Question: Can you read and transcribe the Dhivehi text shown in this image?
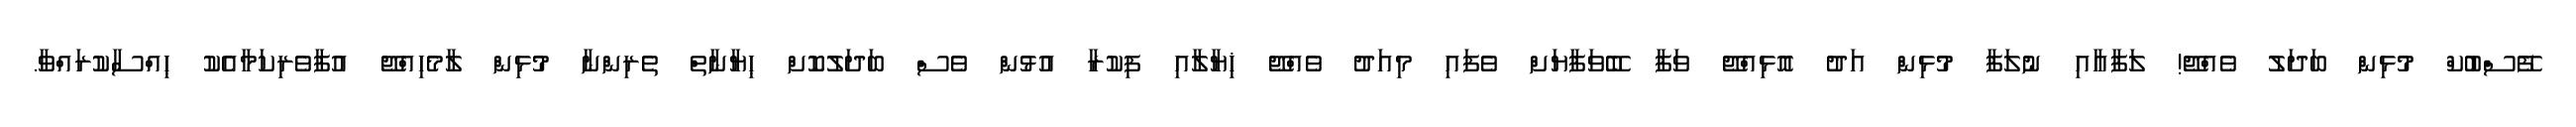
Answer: ފޭސްބުކް މުޅިން ބަދަލު ވެއްޖޭ! ލަފާއާއި ނުލަފާ މުޅިން އަދު އޮޅިއްޖޭ ވަފާ ބޭވަފާޔަށް ވެފައި މިއަދު ވެއްޖޭ ޚިޔާލާއި ފިކުރާ އުޅުން ވެސް ބަދަލުކޮށް ޙިޔާނާތް ތެރިންނާ މުޅިން ލާމެހިއްޖޭ އުފާވެރިކަމާއެކު ޙިއްސާކުރައްވާ.